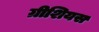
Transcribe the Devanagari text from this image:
ग्रीशियस